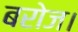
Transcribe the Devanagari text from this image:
बरोज।